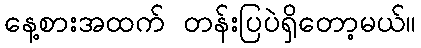
နေ့စားအထက် တန်းပြပဲရှိတော့မယ်။